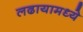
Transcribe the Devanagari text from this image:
लढायामध्ये